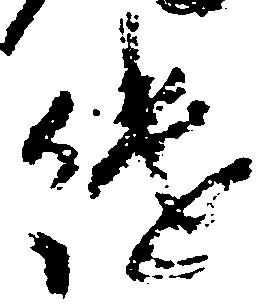
継